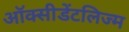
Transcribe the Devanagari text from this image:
ऑक्सीडेंटलिज्म